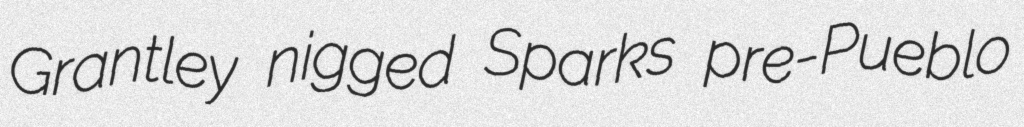
Grantley nigged Sparks pre-Pueblo